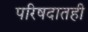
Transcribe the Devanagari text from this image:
परिषदातही